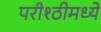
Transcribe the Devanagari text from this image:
परीश्ठीमध्ये